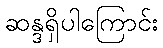
ဆန္ဒရှိပါကြောင်း